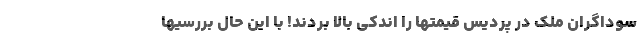
سوداگران ملک در پردیس قیمتها را اندکی بالا بردند! با این حال بررسیها